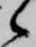
候